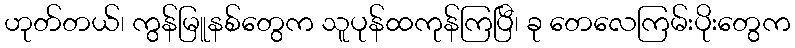
ဟုတ်တယ်၊ ကွန်မြူနစ်တွေက သူပုန်ထကုန်ကြပြီ၊ ခု တေလေကြမ်းပိုးတွေက